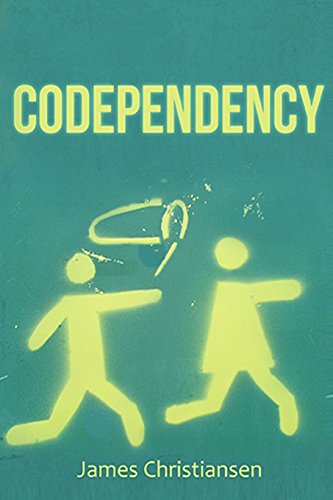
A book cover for Codependency: Break the Cycle & Set Yourself Free: Codependency Self Help; James Christiansen; Health, Fitness & Dieting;